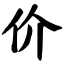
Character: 价